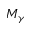
M _ { \gamma }